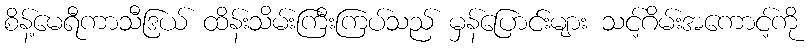
စိန့်မေရီကာသီဒြယ် ထိန်းသိမ်းကြီးကြပ်သည် မှန်ပြောင်းများ သင့်ဂိမ်းအကောင့်ကို